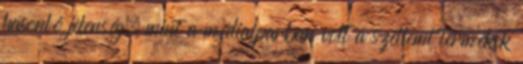
hasonló jelenség, mint a médiaiparban volt a szellemi termékek